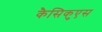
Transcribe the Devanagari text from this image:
कैसिकुएस